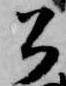
公